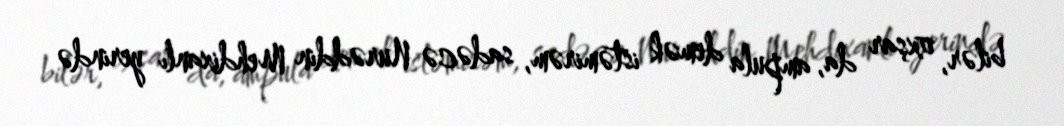
bilər, oxşar da, ampula demək istəmirəm, sadəcə Nurəddin Mehdixanlı yerində